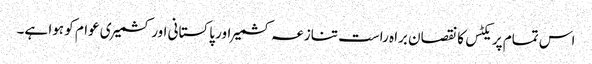
اس تمام پریکٹس کا نقصان براہ راست تنازعہ کشمیر اور پاکستانی اور کشمیری عوام کو ہوا ہے۔